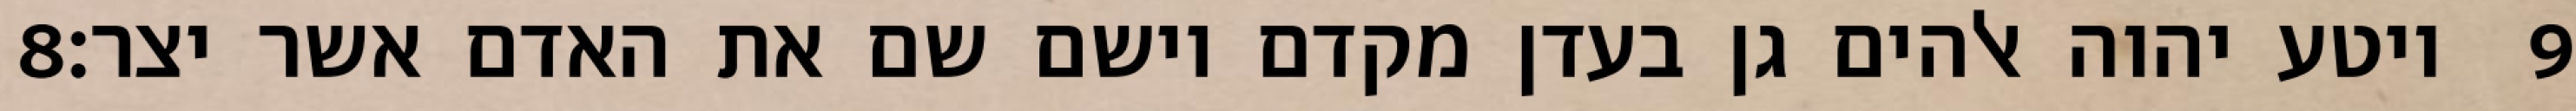
‎8‏ ויטע יהוה אלהים גן בעדן מקדם וישם שם את האדם אשר יצר׃ ‎9‏